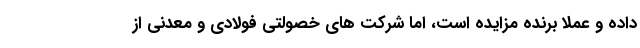
داده و عملا برنده مزایده است، اما شرکت های خصولتی فولادی و معدنی از